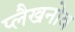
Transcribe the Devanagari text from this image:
प्लैखनोव